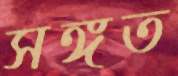
সঙ্গত